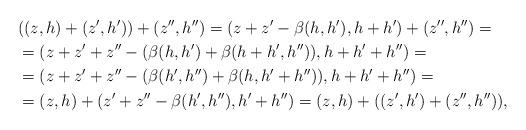
LaTeX: \begin{align*}&((z,h)+(z',h'))+(z'',h'')=(z+z'-\beta(h,h'),h+h')+(z'',h'')=\\&=(z+z'+z''-(\beta(h,h')+\beta(h+h',h'')),h+h'+h'')=\\&=(z+z'+z''-(\beta(h',h'')+\beta(h,h'+h'')),h+h'+h'')=\\&=(z,h)+(z'+z''-\beta(h',h''),h'+h'')=(z,h)+((z',h')+(z'',h'')),\end{align*}